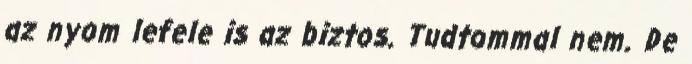
az nyom lefele is az biztos. Tudtommal nem. De